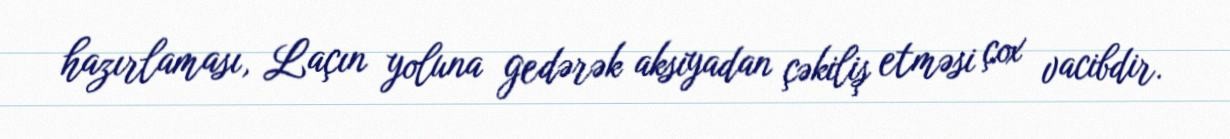
hazırlaması, Laçın yoluna gedərək aksiyadan çəkiliş etməsi çox vacibdir.